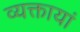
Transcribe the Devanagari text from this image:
व्यक्तायां